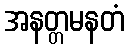
အနတ္တမနတံ